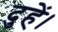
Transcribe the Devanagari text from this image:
दुहें।